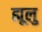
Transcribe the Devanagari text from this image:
ह्यूलु